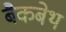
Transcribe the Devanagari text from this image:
बैकबेथ